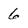
Character: 6